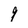
Character: 9